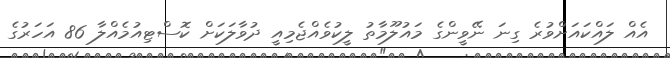
އެއް ލައްކައަށްވުރެ ގިނަ ނޭވީންގެ މައުލޫމާތު ލީކުވެއްޖެމިއީ ދުވާލަކަށް ކޮސްޓިއުމެއްލާ 86 އަހަރުގެ